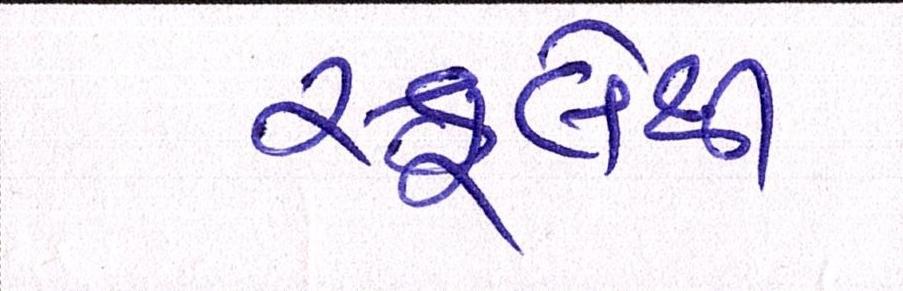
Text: સ્કૂલેથી